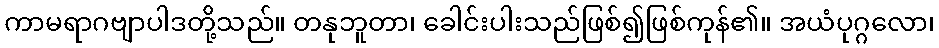
ကာမရာဂဗျာပါဒတို့သည်။ တနုဘူတာ၊ ခေါင်းပါးသည်ဖြစ်၍ဖြစ်ကုန်၏။ အယံပုဂ္ဂလော၊